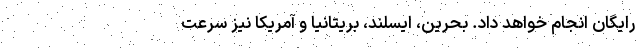
رایگان انجام خواهد داد. بحرین، ایسلند، بریتانیا و آمریکا نیز سرعت